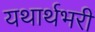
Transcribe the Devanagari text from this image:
यथार्थभरी